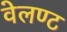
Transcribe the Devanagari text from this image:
वेलण्ट